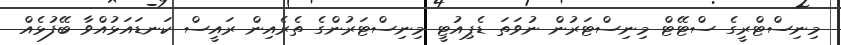
މިނިސްޓްރީގެ ސްޓޭޓް މިނިސްޓަރުން ނުވަތަ ޑެޕިއުޓީ މިނިސްޓަރުންގެ ތެރެއިން ރައީސް ކަނޑައަޅުއްވާ ބޭފުޅެއް